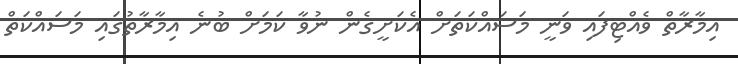
އިމާރާތް ވެއްޓިފައި ވަނީ މަސައްކަތަށް އެކަށީގެން ނުވާ ކަމަށް ބުނެ އިމާރާތުގައި މަސައްކަތް